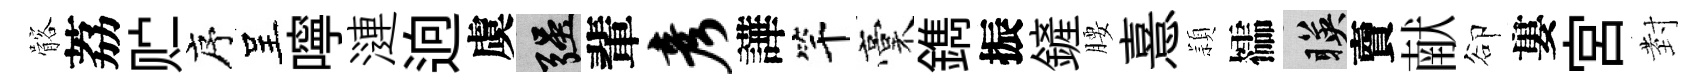
髂荔贮序呈嚀漣逈虞强輩彦譁竿稾鐫振鏟腰憙頴櫺暎𧶠献卻婁宮𭔹